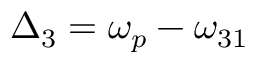
\Delta _ { 3 } = \omega _ { p } - \omega _ { 3 1 }